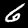
Digit: 6